38_143685_box_Incident_Summaries_101-172
Agency: Department of War
Page 89
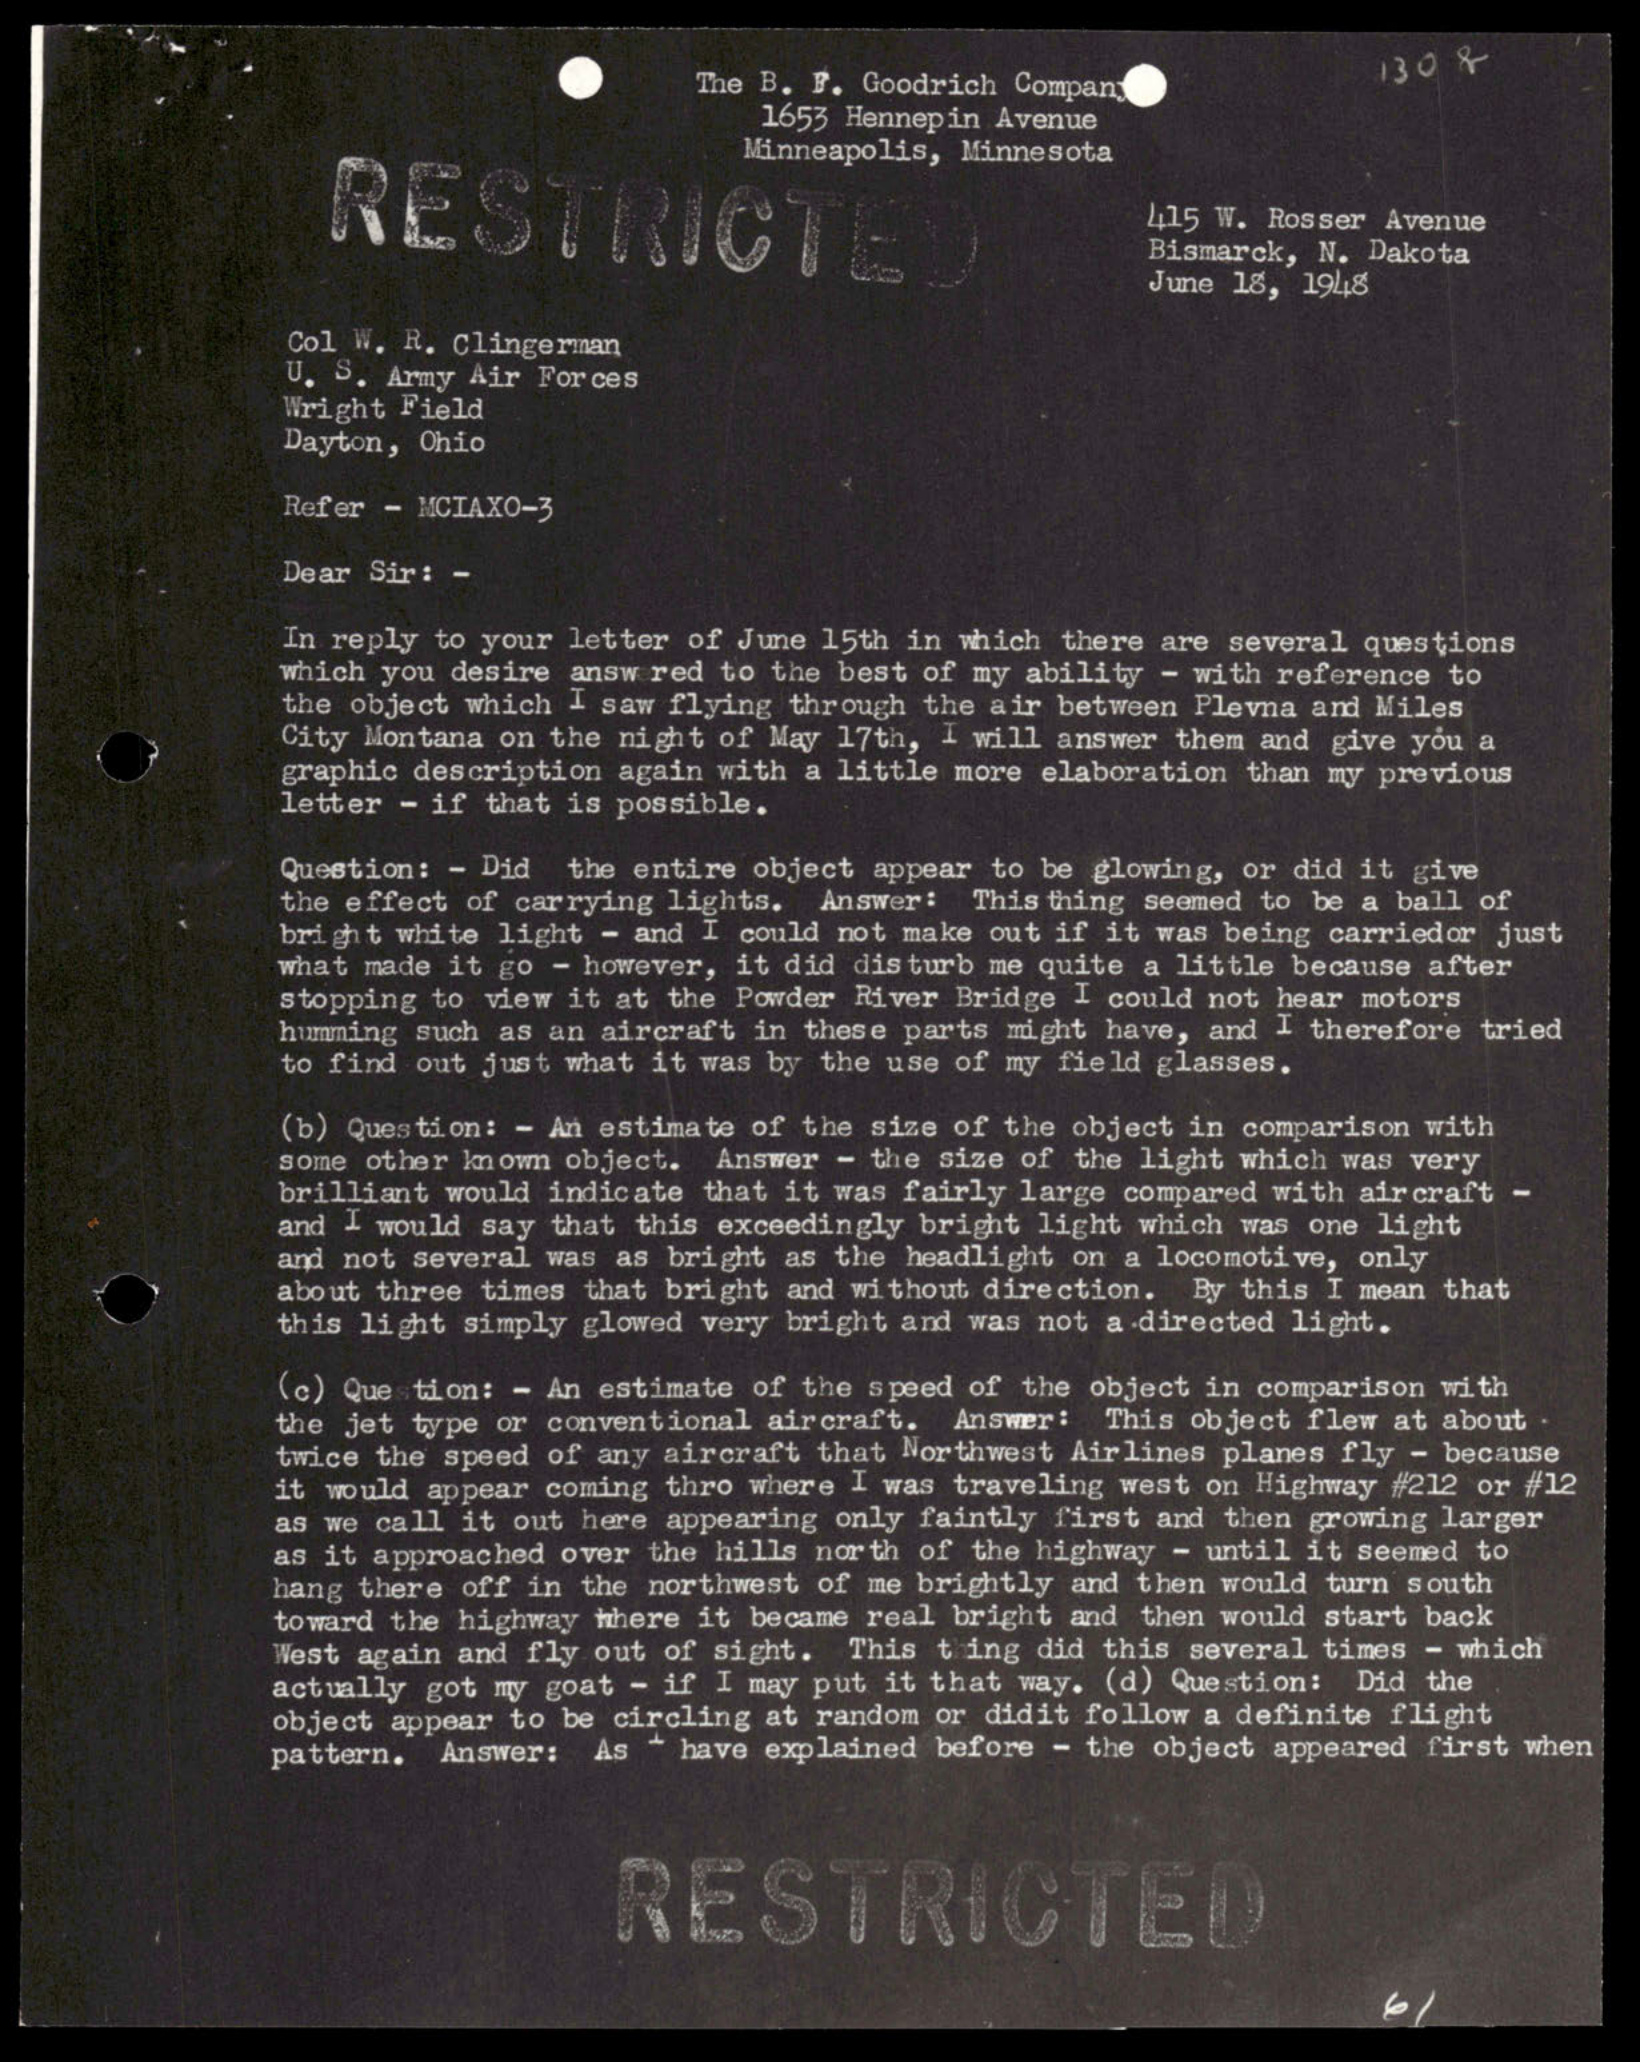